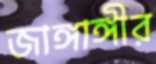
জাঙ্গাঙ্গীর